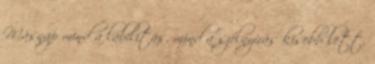
Másnap mind a labilitás, mind a szélnyírás kisebb lett,